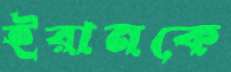
ইরানকে